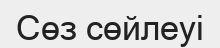
Сөз сөйлеуі